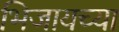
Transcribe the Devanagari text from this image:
भिजायच्या